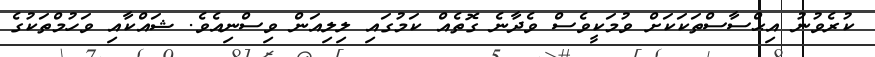
ކުރެވުނު އިޙްސާސްތަކަކަށް ވުމަކީވެސް ވެދާނެ ގޮތެއް ކަމުގައި ލިލިއަން ވިސްނިއެވެ. ޝައްކާއި ވަހުމްތަކުގެ